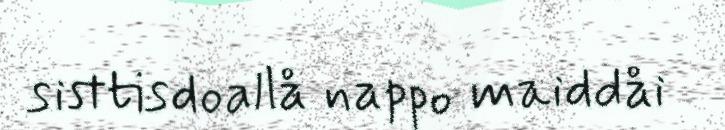
sisttisdoallå nappo maiddåi